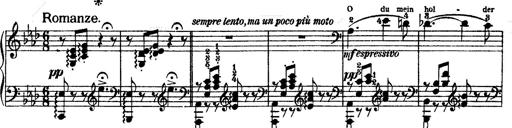
Title: O du mein holder Abendstern
Composer: Franz Liszt